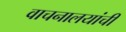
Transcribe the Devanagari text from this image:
वाचनालयांची